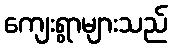
ကျေးရွာများသည်